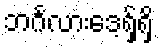
ဘင်္ဂလားဒေ့ရှ်ရှိ